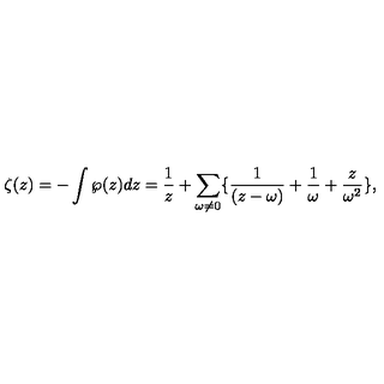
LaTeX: \zeta ( z ) = - \int \wp ( z ) d z = \frac { 1 } { z } + \sum _ { \omega \neq 0 } \{ \frac { 1 } { ( z - \omega ) } + \frac { 1 } { \omega } + \frac { z } { \omega ^ { 2 } } \} ,